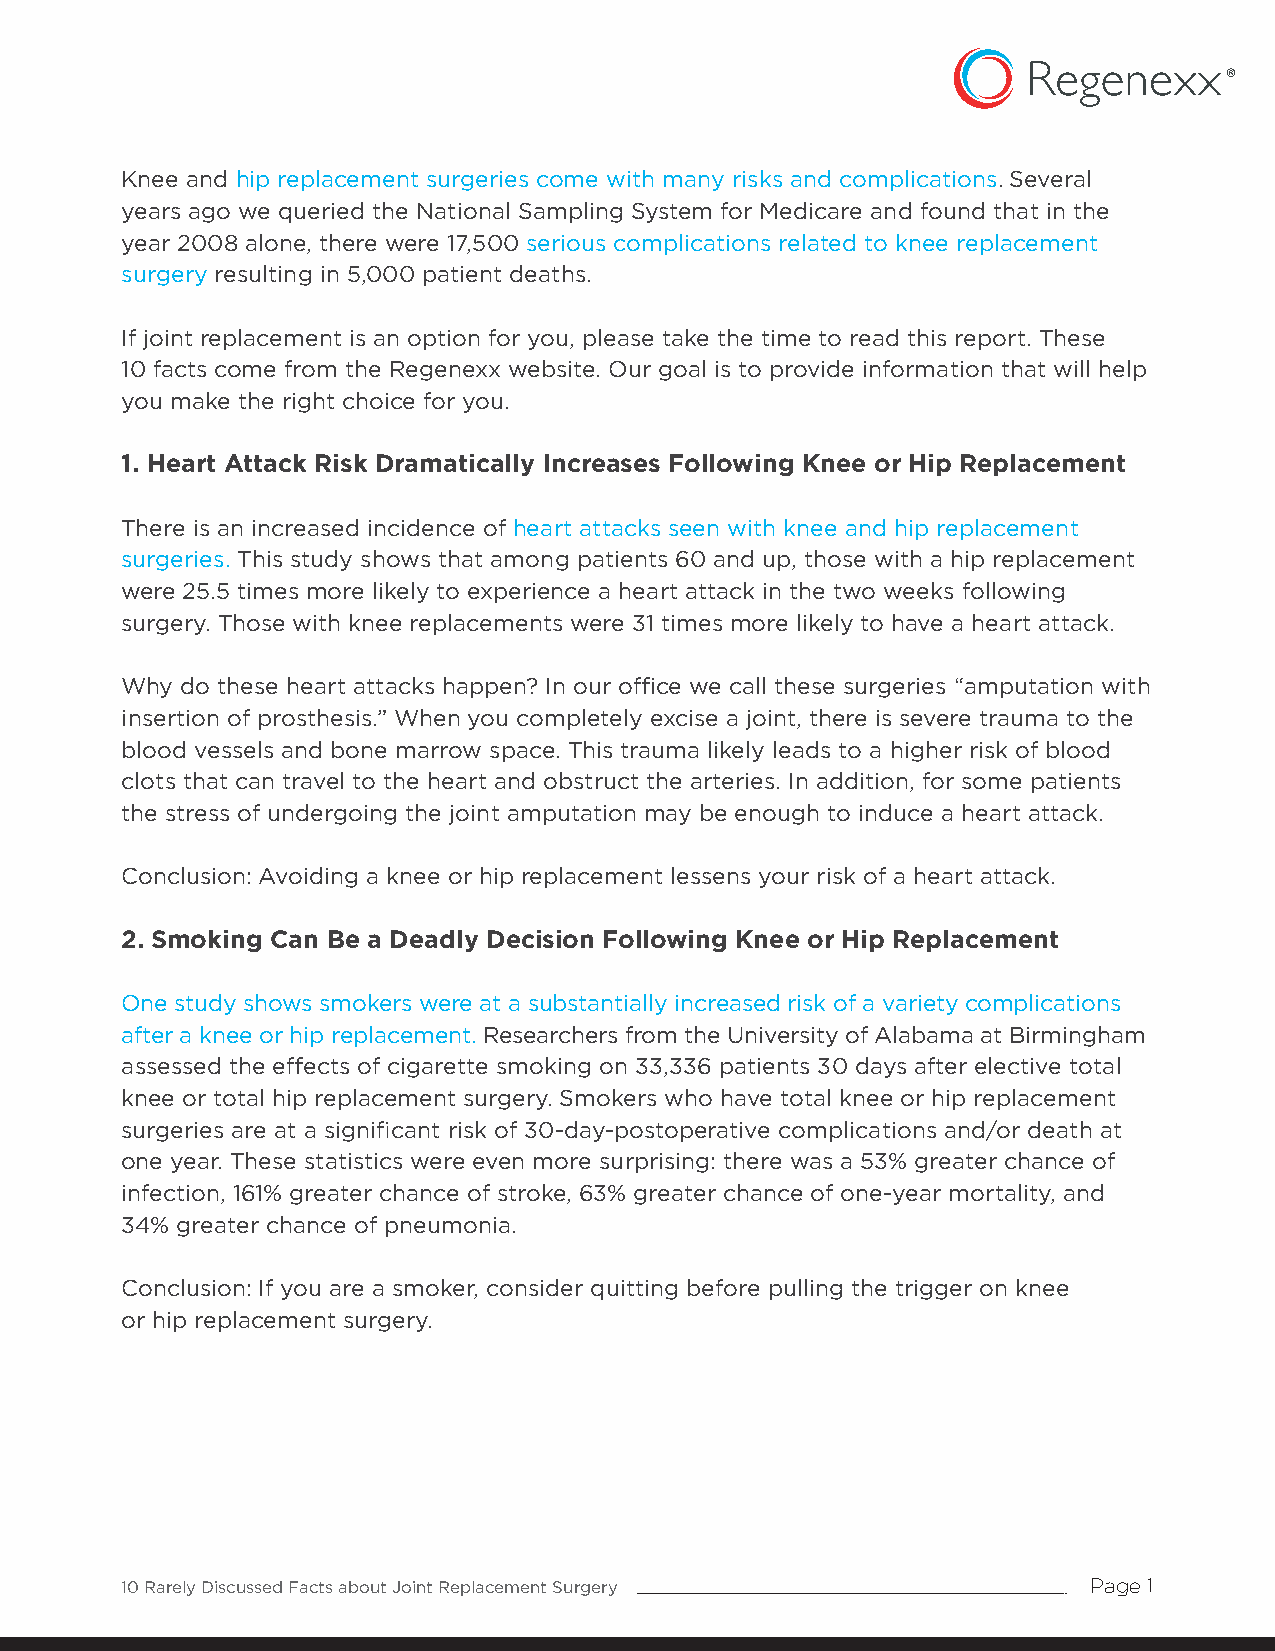
Knee and hip replacement surgeries come with many risks and complications. Several
 years ago we queried the National Sampling System for Medicare and found that in the
 year 2008 alone, there were 17,500 serious complications related to knee replacement
 surgery resulting in 5,000 patient deaths.
 If joint replacement is an option for you, please take the time to read this report. These
 10 facts come from the Regenexx website. Our goal is to provide information that will help
 you make the right choice for you.
 1. Heart Attack Risk Dramatically Increases Following Knee or Hip Replacement
 There is an increased incidence of heart attacks seen with knee and hip replacement
 surgeries. This study shows that among patients 60 and up, those with a hip replacement
 were 25.5 times more likely to experience a heart attack in the two weeks following
 surgery. Those with knee replacements were 31 times more likely to have a heart attack.
 Why do these heart attacks happen? In our office we call these surgeries “amputation with
 insertion of prosthesis.” When you completely excise a joint, there is severe trauma to the
 blood vessels and bone marrow space. This trauma likely leads to a higher risk of blood
 clots that can travel to the heart and obstruct the arteries. In addition, for some patients
 the stress of undergoing the joint amputation may be enough to induce a heart attack.
 Conclusion: Avoiding a knee or hip replacement lessens your risk of a heart attack.
 2. Smoking Can Be a Deadly Decision Following Knee or Hip Replacement
 One study shows smokers were at a substantially increased risk of a variety complications
 after a knee or hip replacement. Researchers from the University of Alabama at Birmingham
 assessed the effects of cigarette smoking on 33,336 patients 30 days after elective total
 knee or total hip replacement surgery. Smokers who have total knee or hip replacement
 surgeries are at a significant risk of 30-day-postoperative complications and/or death at
 one year. These statistics were even more surprising: there was a 53% greater chance of
 infection, 161% greater chance of stroke, 63% greater chance of one-year mortality, and
 34% greater chance of pneumonia.
 Conclusion: If you are a smoker, consider quitting before pulling the trigger on knee
 or hip replacement surgery.
 10 Rarely Discussed Facts about Joint Replacement Surgery       Page 1